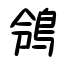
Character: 鴒